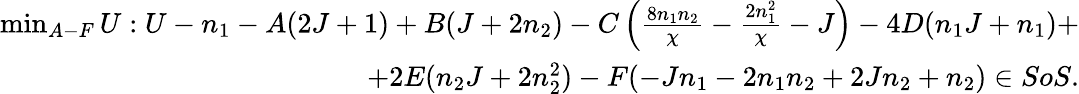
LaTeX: \begin{array}{r}{\operatorname*{min}_{A-F}U:U-n_{1}-A(2J+1)+B(J+2n_{2})-C\left(\frac{8n_{1}n_{2}}{\chi}-\frac{2n_{1}^{2}}{\chi}-J\right)-4D(n_{1}J+n_{1})+}\\ {+2E(n_{2}J+2n_{2}^{2})-F(-Jn_{1}-2n_{1}n_{2}+2Jn_{2}+n_{2})\in SoS.}\end{array}